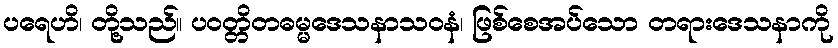
ပရေဟိ၊ တို့သည်။ ပဝတ္တိတဓမ္မဒေသနာသဝနံ၊ ဖြစ်စေအပ်သော တရားဒေသနာကို